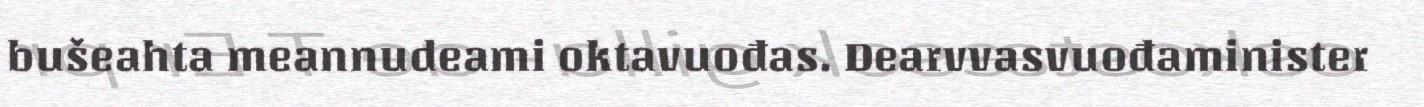
bušeahta meannudeami oktavuođas. Dearvvasvuođaminister